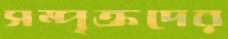
সম্পৃক্তদের